Civil Veterinary Dept. Assam report 1911-1927 - 1911-1927
Year: 1911
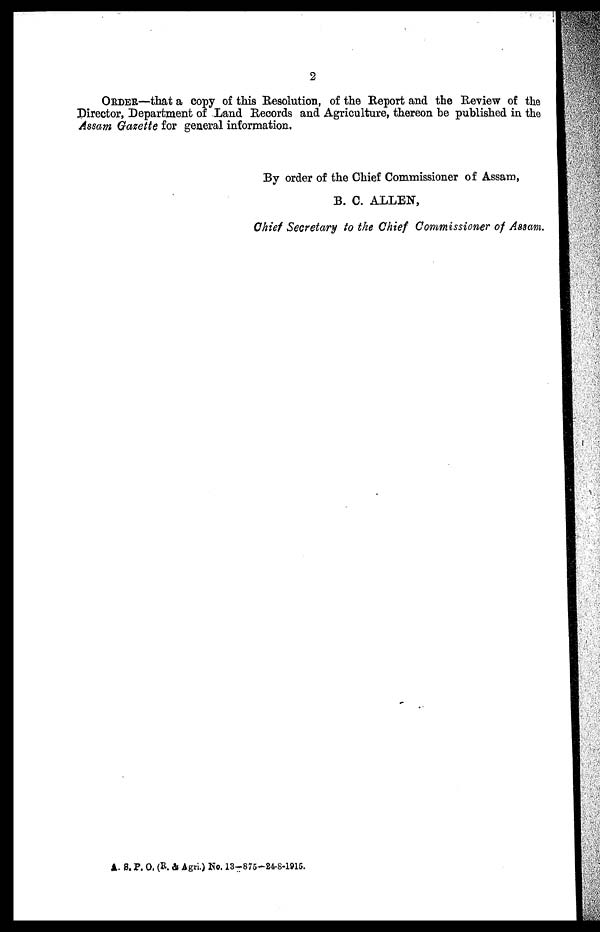
2
ORDER—that a copy of this Resolution, of the Report and the Review of the
Director, Department of Land Records and Agriculture, thereon he published in the
Assam Gazette for general information.
By order of the Chief Commissioner of Assam,
B. C. ALLEN,
Chief Secretary to the Chief Commissioner of Assam.
A. S. P. O, (R. & Agri) No. 13-875-24-8-1915.